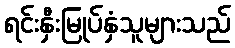
ရင်းနှီးမြုပ်နှံသူများသည်